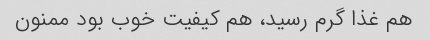
هم غذا گرم رسید، هم کیفیت خوب بود ممنون